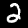
Label: 2